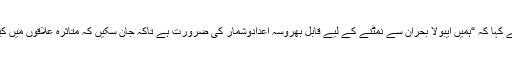
جناب ایلن نے کہا کہ “ہمیں ایبولا بحران سے نمٹنے کے لیے قابل بھروسہ اعدادوشمار کی ضرورت ہے تاکہ جان سکیں کہ متاثرہ علاقوں میں کیا ہو رہا ہے۔